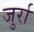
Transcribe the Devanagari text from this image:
जुर्रा